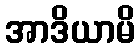
အာဒိယာမိ